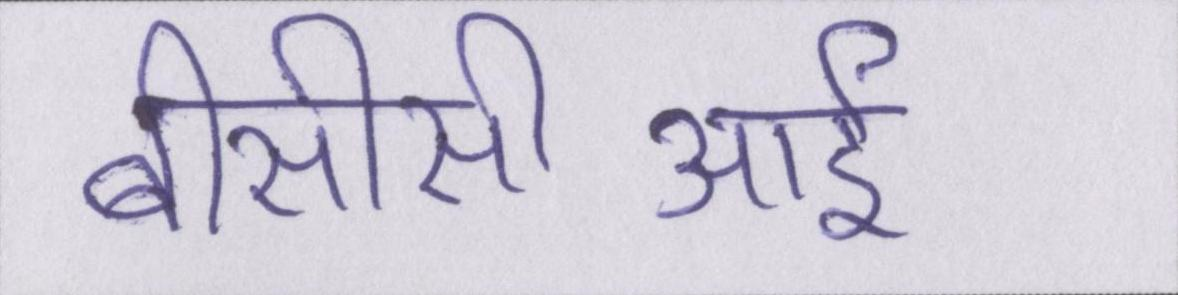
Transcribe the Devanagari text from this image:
बीसीसीआई